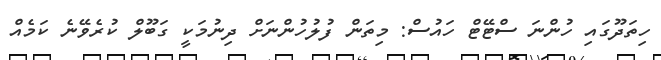
ހިތަދޫގައި ހުންނަ ސްޓޭޓް ހައުސް: މިތަން ފުލުހުންނަށް ދިނުމަކީ ގަބޫލް ކުރެވޭނެ ކަމެއް